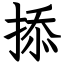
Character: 掭